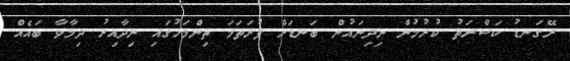
ރޭގަނޑު ކަސްރަތު ކުރުމުން ނިދިނައުން ބަނޑަށް ފުރަތަމަ ތިންމަހުގައި ނިދާއިރު ދިމާވާ ބައެއް